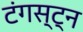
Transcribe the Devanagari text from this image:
टंगस्ट्न